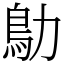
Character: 鳨